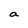
Character: a